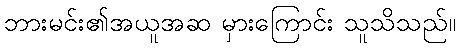
ဘားမင်း၏အယူအဆ မှားကြောင်း သူသိသည်။